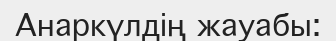
Анаркүлдің жауабы: